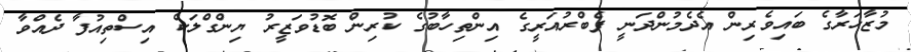
މުޒާހަރާގެ ބައިވެރިން އެދެމުންދަނީ ފެބްރުއަރީގެ އިންތިހާބުގެ ކުރިން ބޮޑުވަޒީރު ޔިންގްލަކް އިސްތިއުފާ ދެއްވާ